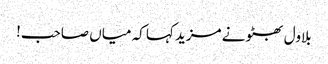
بلاول بھٹو نے مزید کہا کہ میاں صاحب!